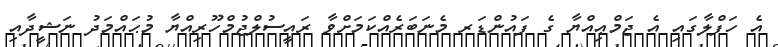
އެ ހަފްލާގައި އެ ޖަމްޢިއްޔާ ގެ ފައުންޑަރ މެނަބަރެއްކަމަށްވާ ރައީސުލްޖުމްހޫރިއްޔާ މުޙައްމަދު ނަޝީދާއި